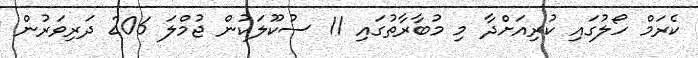
ކެރަމް ހޯލުގައި ކުރިއަށްދާ މި މުބާރާތުގައި 11 ސުކޫލަކުން ޖުމްލަ 206 ދަރިވަރުން